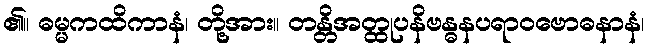
၏။ ဓမ္မကထိကာနံ၊ တို့အား။ တန္တိအတ္ထုပနိဗန္ဓနပရာဝဗောဓနာနံ၊